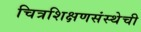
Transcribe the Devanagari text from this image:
चित्रशिक्षणसंस्थेची